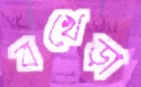
বখেড়া